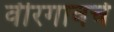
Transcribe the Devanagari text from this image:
वीरगावचे